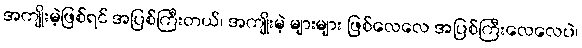
အကျိုးမဲ့ဖြစ်ရင် အပြစ်ကြီးတယ်၊ အကျိုးမဲ့ များများ ဖြစ်လေလေ အပြစ်ကြီးလေလေပဲ၊